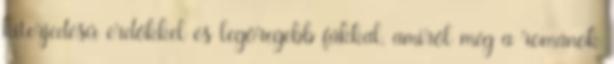
kiterjedésű erdőkkel és legöregebb fákkal, amiről még a románok